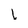
Character: 1